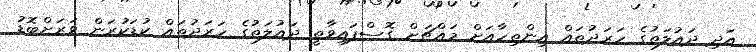
އަދި ދައުލަތުގެ ހަރަދުތައް އިންތިހާއަށް މައްޗަށް ގޮސްފައިވާތީ ދައުލަތުގެ ހަރަދުތައް ކުޑަކުރަން ވަރަށްބޮޑު